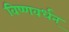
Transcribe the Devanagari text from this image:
विष्णवर्धन्